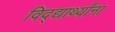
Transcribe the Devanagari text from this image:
विद्द्यार्थ्यांना